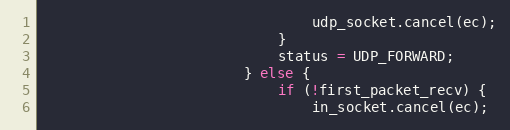
Language: C++
                                udp_socket.cancel(ec);
                            }
                            status = UDP_FORWARD;
                        } else {
                            if (!first_packet_recv) {
                                in_socket.cancel(ec);